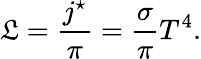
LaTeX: \mathfrak{L}={\frac{{j^{\star}}}{{\pi}}}={\frac{{\sigma}}{{\pi}}}T^{4}.